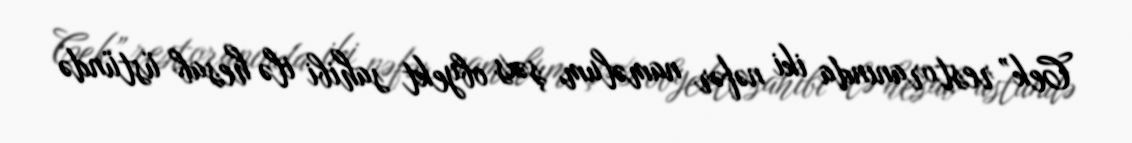
Cek” restoranında iki nəfər naməlum şəxs obyekt sahibi ilə hesab üstündə